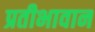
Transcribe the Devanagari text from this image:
प्रतीभावान